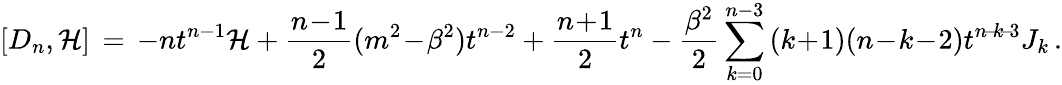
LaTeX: [D_{n},{\cal H}]\, =\, -nt^{n-1}{\cal H}+\frac{n\! -\! 1}{2}(m^{2}\! -\! \beta^{2})t^{n-2}+\frac{n\! +\! 1}{2}t^{n}-\frac{\beta^{2}}{2}\sum_{k=0}^{n-3}\, (k\! +\! 1)(n\! -\! k\! -\! 2)t^{n\! -\! k\! -\! 3}J_{k}\, .